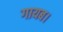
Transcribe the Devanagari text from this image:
गायब।